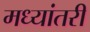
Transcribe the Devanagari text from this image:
मध्यांतरी